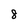
Character: 8